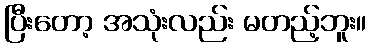
ပြီးတော့ အသုံးလည်း မတည့်ဘူး။